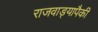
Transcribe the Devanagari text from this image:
राजवाड्यापैकी